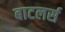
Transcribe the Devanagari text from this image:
बाटलर्स